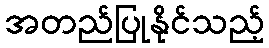
အတည်ပြုနိုင်သည့်